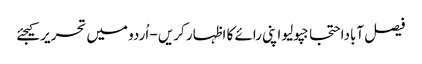
فیصل آباداحتجاجپولیو اپنی رائے کا اظہار کریں - اُردو میں تحریر کیجئے